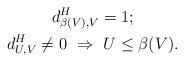
LaTeX: \begin{gather*} d^H_{\beta(V), V} = 1;\\ d^H_{U, V} \neq 0 \ \Rightarrow \ U \leq \beta(V).\end{gather*}